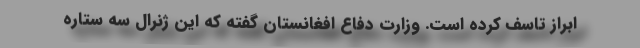
ابراز تاسف کرده است. وزارت دفاع افغانستان گفته که این ژنرال سه ستاره